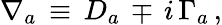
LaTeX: \nabla_{a}\, \equiv\, D_{a}\, \mp\, i\, \Gamma_{a}\, ,